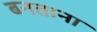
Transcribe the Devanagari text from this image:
बनताना